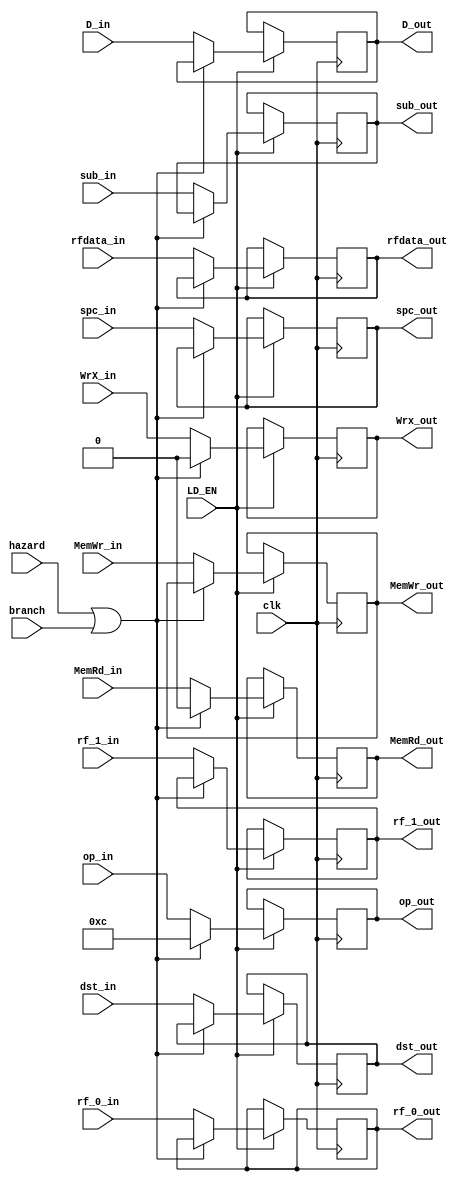
module STAGING (input clk,
           input LD_EN,
           input WrX_in,
           output reg Wrx_out,
           input sub_in,
           output reg sub_out,
           input [3:0] op_in,
           output reg [3:0] op_out,
           input MemRd_in,
           output reg MemRd_out,
           input MemWr_in,
           output reg MemWr_out,
           input [3:0] dst_in, //write address
           output reg [3:0] dst_out,
           input [15:0] rf_0_in,
           output reg [15:0] rf_0_out,
           input [15:0] rf_1_in,
           output reg [15:0] rf_1_out,
           input D_in,
           output reg D_out,
           input [15:0] rfdata_in,
           output reg [15:0] rfdata_out,
           input spc_in,
           output reg spc_out,
           input hazard,
           input branch);

//reg exe_WrX, [3:0] exe_dst;

always @ (posedge clk)
  begin
    if (LD_EN)
      begin
      if ( hazard || branch ) begin
          op_out <= 4'b1100;
          MemRd_out <= 0;
          Wrx_out <= 0; end
      else begin
          sub_out <= sub_in;
          op_out <= op_in;
          MemRd_out <= MemRd_in;
          MemWr_out <= MemWr_in;
          rf_0_out <= rf_0_in;
          rf_1_out <= rf_1_in;
          D_out <= D_in;
          spc_out <= spc_in;
          dst_out <= dst_in;
          Wrx_out <= WrX_in;
          rfdata_out <= rfdata_in; end
      end

  end
endmodule